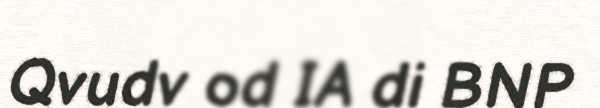
Qvudv od IA di BNP